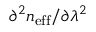
\partial ^ { 2 } n _ { \mathrm { e f f } } / \partial \lambda ^ { 2 }